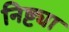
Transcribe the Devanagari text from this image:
निष्ट्या